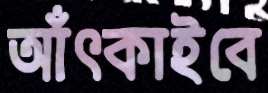
আঁৎকাইবে